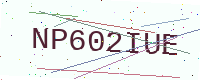
Text: NP602IUE